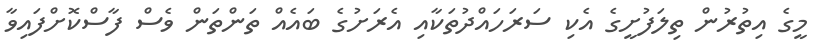
މީގެ އިތުރުން ތިލަފުށީގެ އެކި ސަރަހައްދުތަކާއި އެރަށުގެ ބައެއް ތަންތަން ވެސް ފާސްކޮށްފައިވާ